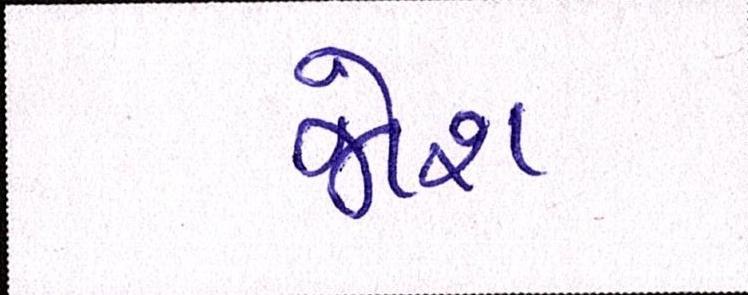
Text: જોશ